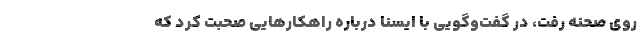
روی صحنه رفت، در گفت‌وگویی با ایسنا درباره راهکارهایی صحبت کرد که